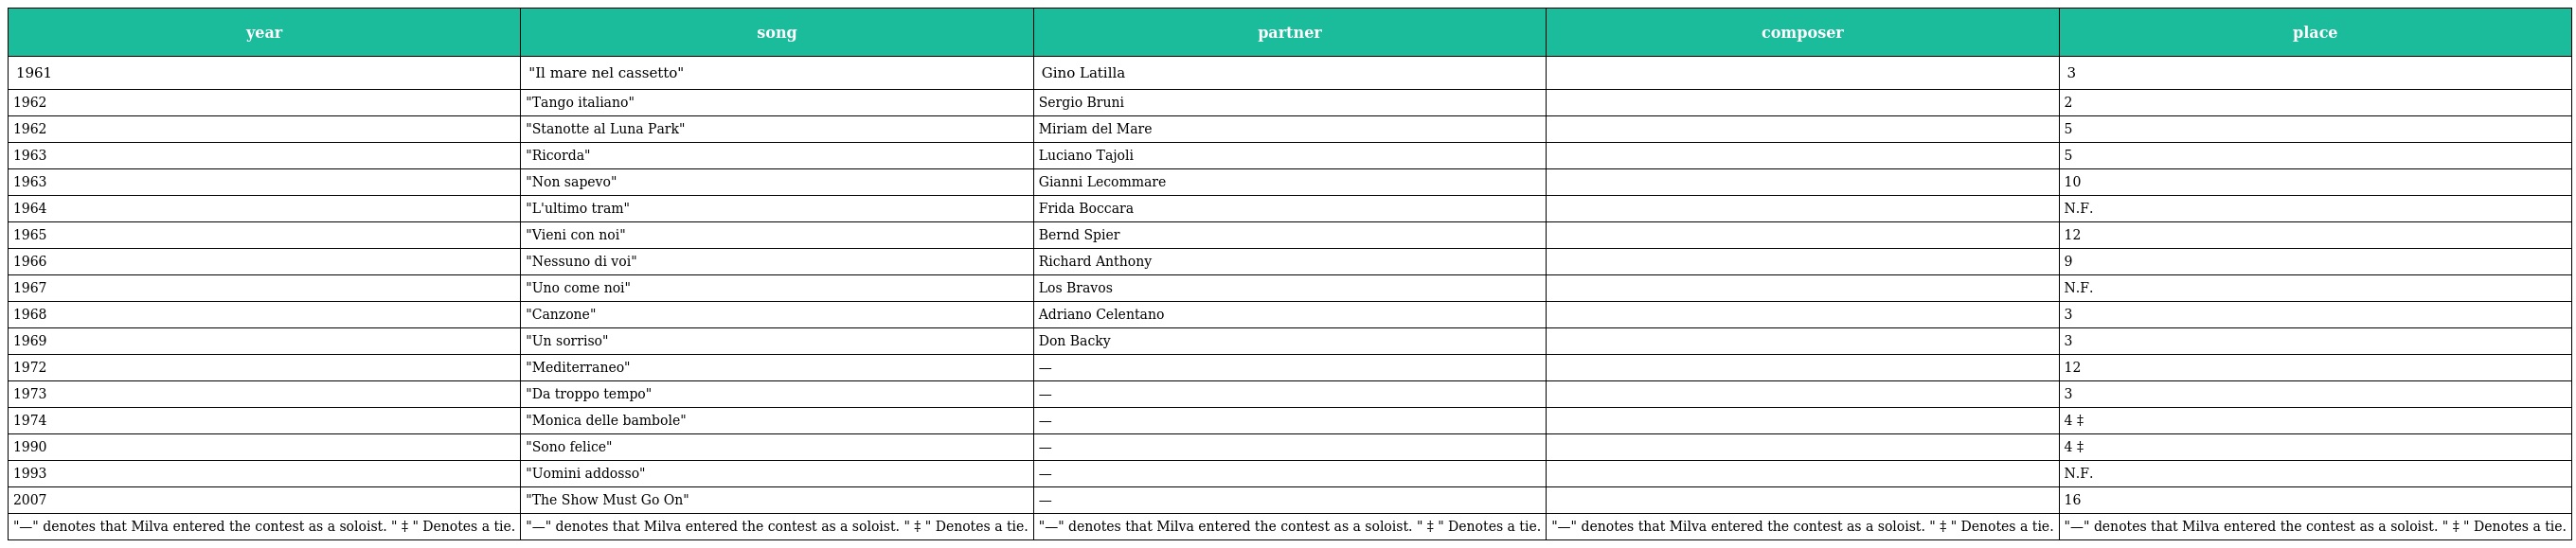
| year | song | partner | composer | place |
 | --- | --- | --- | --- | --- |
 | 1961 | "Il mare nel cassetto" | Gino Latilla |  | 3 |
 | 1962 | "Tango italiano" | Sergio Bruni |  | 2 |
 | 1962 | "Stanotte al Luna Park" | Miriam del Mare |  | 5 |
 | 1963 | "Ricorda" | Luciano Tajoli |  | 5 |
 | 1963 | "Non sapevo" | Gianni Lecommare |  | 10 |
 | 1964 | "L'ultimo tram" | Frida Boccara |  | N.F. |
 | 1965 | "Vieni con noi" | Bernd Spier |  | 12 |
 | 1966 | "Nessuno di voi" | Richard Anthony |  | 9 |
 | 1967 | "Uno come noi" | Los Bravos |  | N.F. |
 | 1968 | "Canzone" | Adriano Celentano |  | 3 |
 | 1969 | "Un sorriso" | Don Backy |  | 3 |
 | 1972 | "Mediterraneo" | — |  | 12 |
 | 1973 | "Da troppo tempo" | — |  | 3 |
 | 1974 | "Monica delle bambole" | — |  | 4 ‡ |
 | 1990 | "Sono felice" | — |  | 4 ‡ |
 | 1993 | "Uomini addosso" | — |  | N.F. |
 | 2007 | "The Show Must Go On" | — |  | 16 |
 | "—" denotes that Milva entered the contest as a soloist. " ‡ " Denotes a tie. | "—" denotes that Milva entered the contest as a soloist. " ‡ " Denotes a tie. | "—" denotes that Milva entered the contest as a soloist. " ‡ " Denotes a tie. | "—" denotes that Milva entered the contest as a soloist. " ‡ " Denotes a tie. | "—" denotes that Milva entered the contest as a soloist. " ‡ " Denotes a tie. |